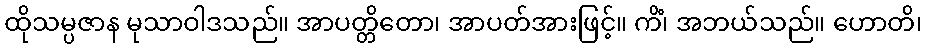
ထိုသမ္ပဇာန မုသာဝါဒသည်။ အာပတ္တိတော၊ အာပတ်အားဖြင့်။ ကိံ၊ အဘယ်သည်။ ဟောတိ၊